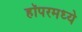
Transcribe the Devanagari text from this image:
हॉपरमध्ये